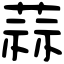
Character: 蒜